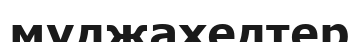
мұджахедтер